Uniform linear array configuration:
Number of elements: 4
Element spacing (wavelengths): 0.25
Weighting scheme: cosine
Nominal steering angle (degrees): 15
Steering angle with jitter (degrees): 14.331
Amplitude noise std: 0.05
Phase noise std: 0.05

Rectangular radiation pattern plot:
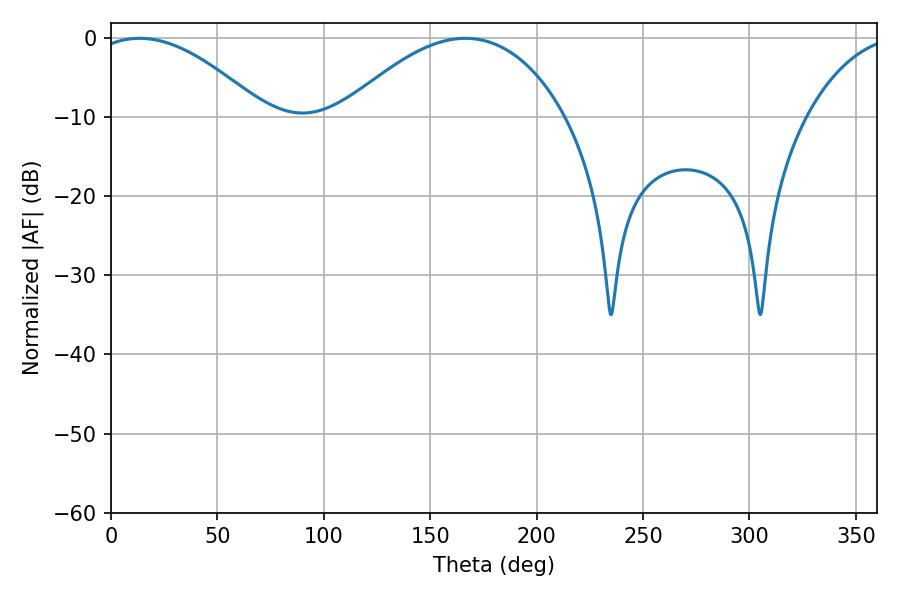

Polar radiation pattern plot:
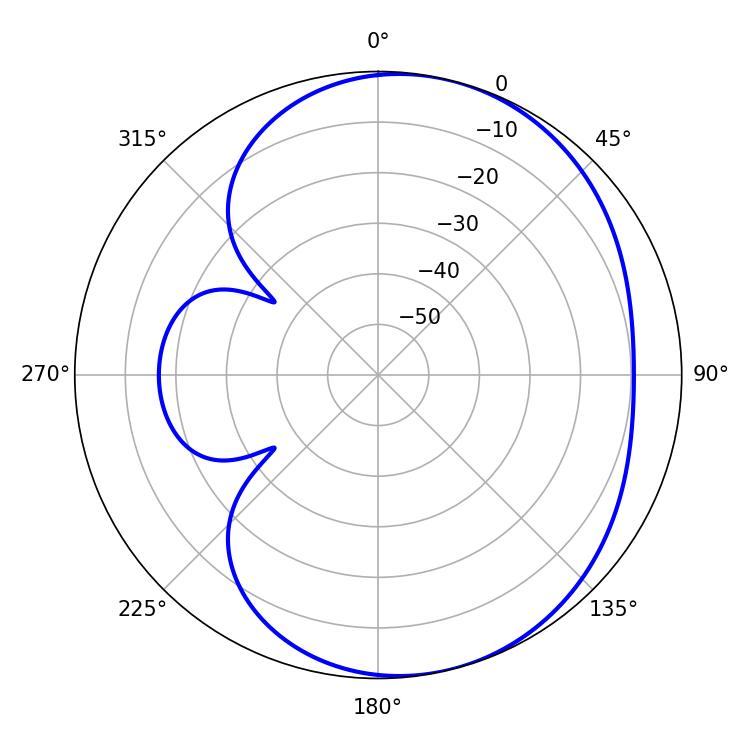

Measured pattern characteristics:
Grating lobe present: FALSE
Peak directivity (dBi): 5.014
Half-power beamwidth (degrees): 44.64
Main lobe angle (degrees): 13.5